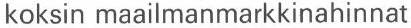
koksin maailmanmarkkinahinnat